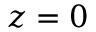
z = 0